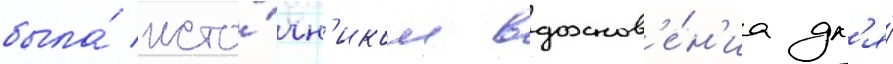
была́ исто́чн'иком вдохнов'е́н'иа дл'я́